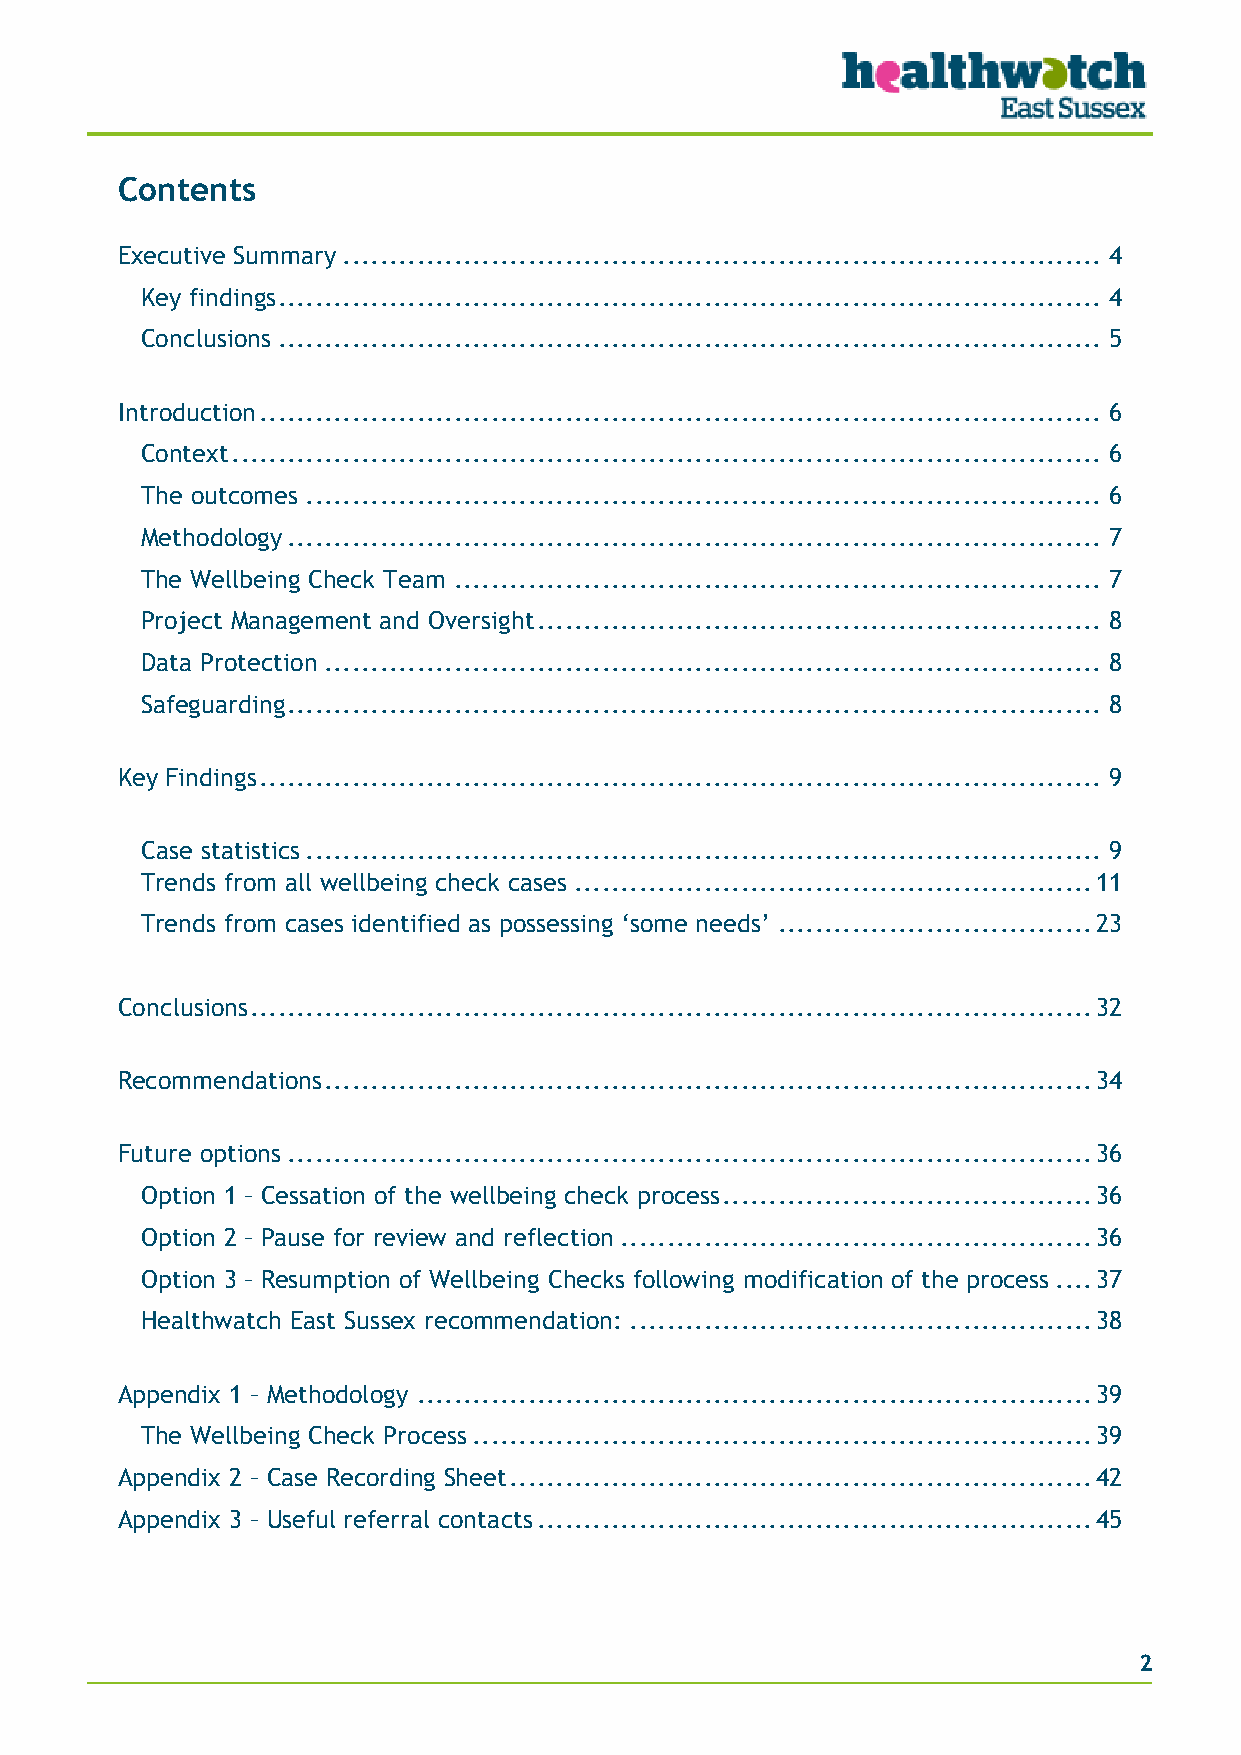
Contents
 Executive Summary .................................................................................. 4
 Key findings ......................................................................................... 4
 Conclusions ......................................................................................... 5
 Introduction ........................................................................................... 6
 Context .............................................................................................. 6
 The outcomes ...................................................................................... 6
 Methodology ........................................................................................ 7
 The Wellbeing Check Team ...................................................................... 7
 Project Management and Oversight ............................................................. 8
 Data Protection .................................................................................... 8
 Safeguarding ........................................................................................ 8
 Key Findings ........................................................................................... 9
 Case statistics ...................................................................................... 9
 Trends from all wellbeing check cases ........................................................ 11
 Trends from cases identified as possessing ‘some needs’ .................................. 23
 Conclusions ........................................................................................... 32
 Recommendations ................................................................................... 34
 Future options ....................................................................................... 36
 Option 1 – Cessation of the wellbeing check process ........................................ 36
 Option 2 – Pause for review and reflection ................................................... 36
 Option 3 – Resumption of Wellbeing Checks following modification of the process .... 37
 Healthwatch East Sussex recommendation: .................................................. 38
 Appendix 1 – Methodology ......................................................................... 39
 The Wellbeing Check Process ................................................................... 39
 Appendix 2 – Case Recording Sheet ............................................................... 42
 Appendix 3 – Useful referral contacts ............................................................ 45
 2